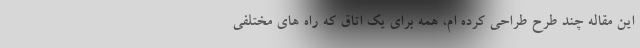
این مقاله چند طرح طراحی کرده ام، همه برای یک اتاق که راه های مختلفی